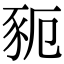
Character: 䝈